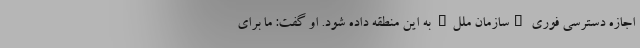
اجازه دسترسی فوری "سازمان ملل" به این منطقه داده شود. او گفت: ما برای